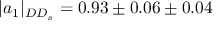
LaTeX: | a _ { 1 } | _ { D D _ { s } } = 0 . 9 3 \pm 0 . 0 6 \pm 0 . 0 4